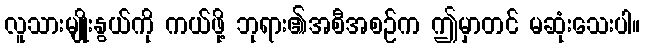
လူသားမျိုးနွယ်ကို ကယ်ဖို့ ဘုရား၏အစီအစဉ်က ဤမှာတင် မဆုံးသေးပါ။